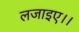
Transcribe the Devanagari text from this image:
लजाइए।।